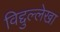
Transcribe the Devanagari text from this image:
विद्दुल्लेखा